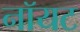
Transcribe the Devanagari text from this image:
नॉयट